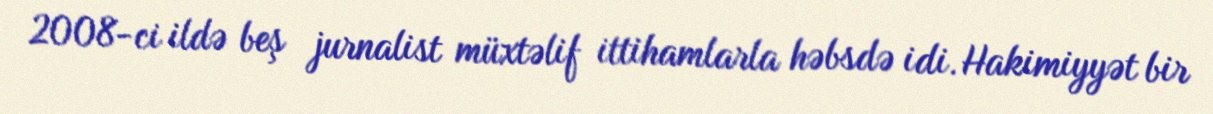
2008-ci ildə beş jurnalist müxtəlif ittihamlarla həbsdə idi. Hakimiyyət bir